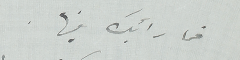
فما رأيك فيها.